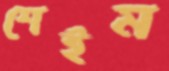
শেইম